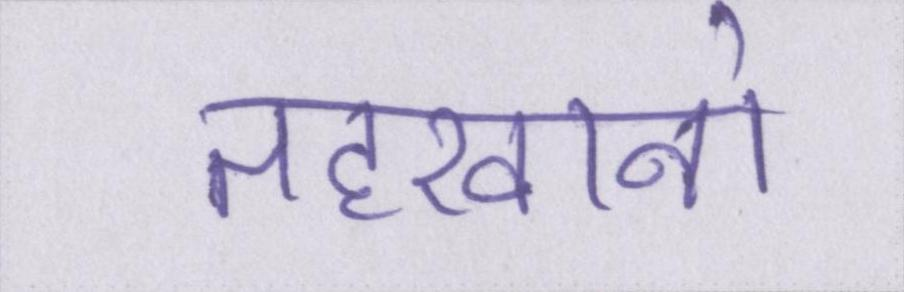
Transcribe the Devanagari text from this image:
तहखानो